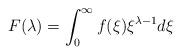
LaTeX: \begin{align*} F(\lambda) = \int^\infty_0 f(\xi) \xi^{\lambda-1} d\xi\end{align*}